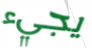
يجيء